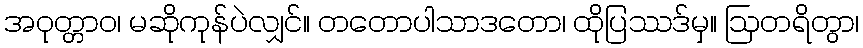
အဝုတ္တာဝ၊ မဆိုကုန်ပဲလျှင်။ တတောပါသာဒတော၊ ထိုပြဿဒ်မှ။ ဩတရိတွာ၊